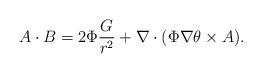
LaTeX: \begin{align*}A\cdot B=2\Phi \frac{G}{r^{2}}+\nabla \cdot ( \Phi\nabla \theta\times A ).\end{align*}